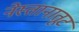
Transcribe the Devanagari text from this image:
नेस्तानातूट